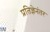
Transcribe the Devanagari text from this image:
प्रतिज्ञेनंतर